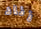
زناد